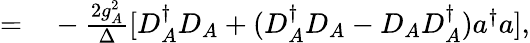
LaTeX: \begin{array}{rl}{=}&{{}-\frac{2g_{A}^{2}}{\Delta}[D_{A}^{\dagger}D_{A}+(D_{A}^{\dagger}D_{A}-D_{A}D_{A}^{\dagger})a^{\dagger}a],}\end{array}